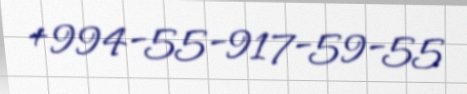
+994-55-917-59-55